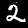
Digit: 2